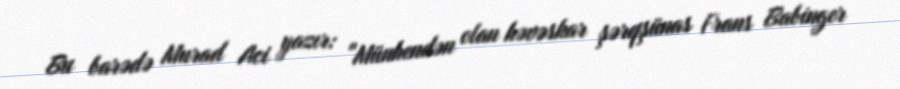
Bu barədə Murad Aci yazır: "Münhendən olan həvəskar şərqşünas Frans Babinger